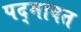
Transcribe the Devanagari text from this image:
पद्‍मावत